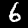
Label: 6